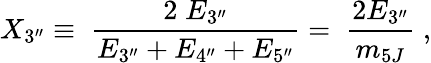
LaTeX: X_{3^{\prime\prime}}\equiv\; \frac{2\; E_{3^{\prime\prime}}}{E_{3^{\prime\prime}}+E_{4^{\prime\prime}}+E_{5^{\prime\prime}}}=\; \frac{2E_{3^{\prime\prime}}}{m_{5J}}\; ,